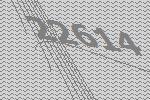
22614